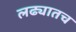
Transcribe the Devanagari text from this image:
लढ्यातच